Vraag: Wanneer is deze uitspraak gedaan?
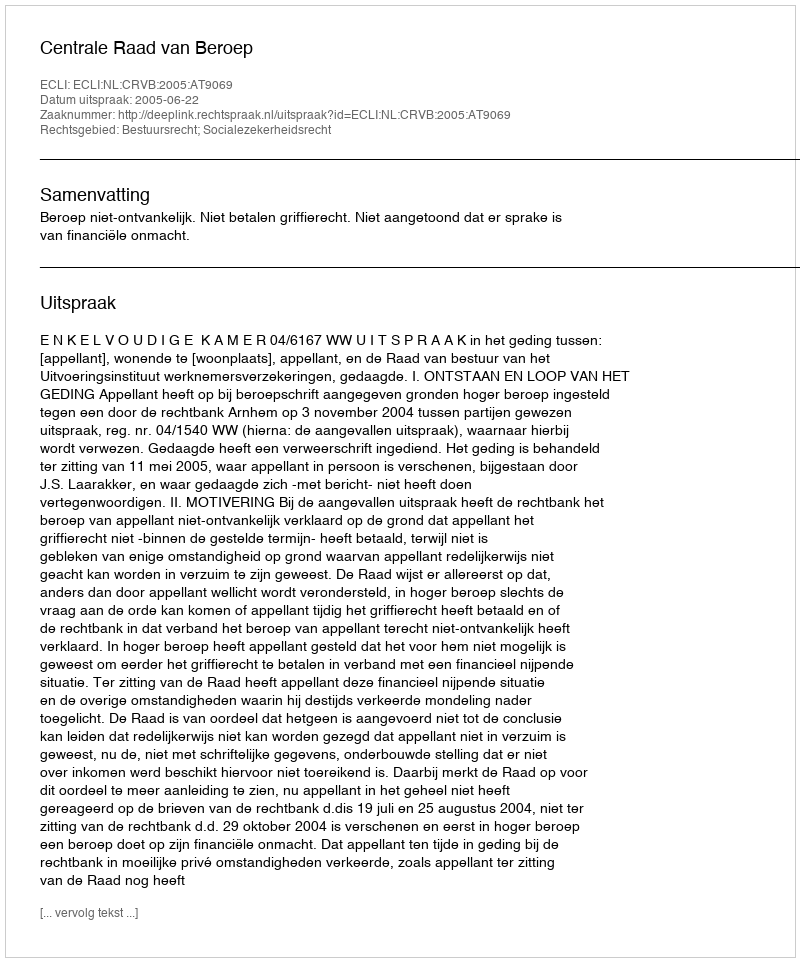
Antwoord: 2005-06-22